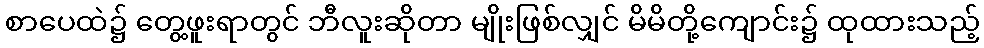
စာပေထဲ၌ တွေ့ဖူးရာတွင် ဘီလူးဆိုတာ မျိုးဖြစ်လျှင် မိမိတို့ကျောင်း၌ ထုထားသည့်